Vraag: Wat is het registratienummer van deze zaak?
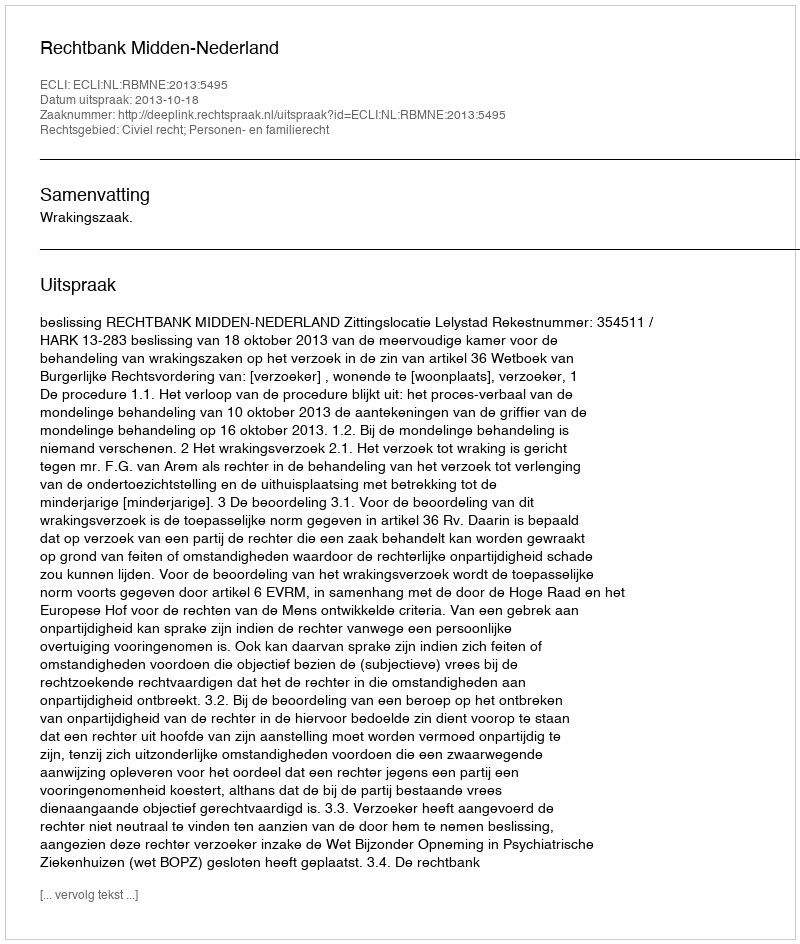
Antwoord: http://deeplink.rechtspraak.nl/uitspraak?id=ECLI:NL:RBMNE:2013:5495